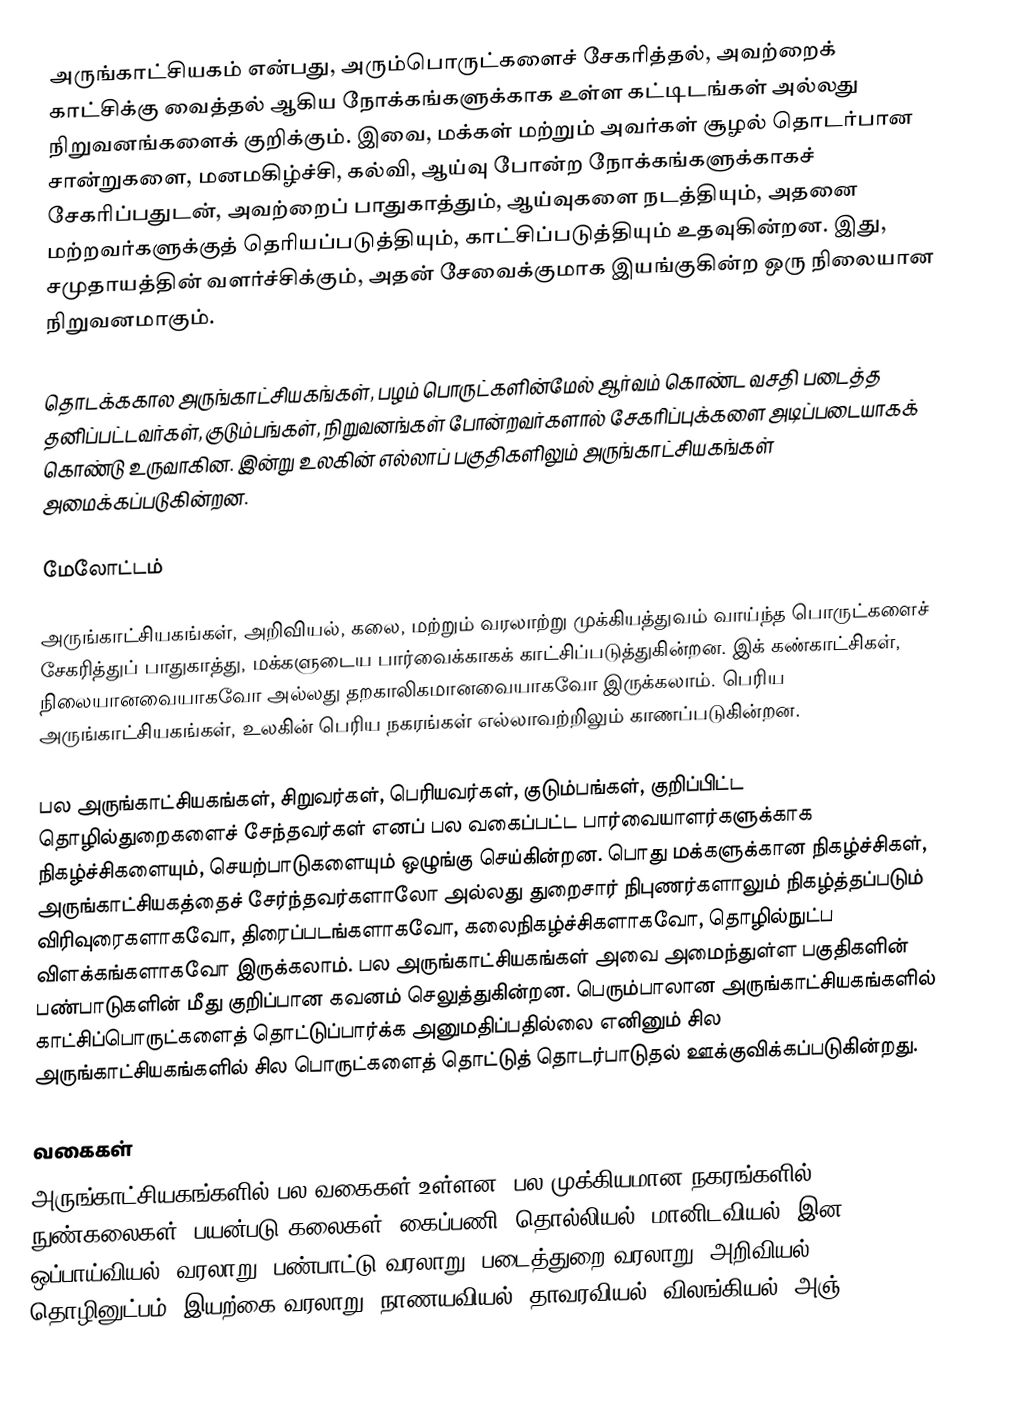
அருங்காட்சியகம் என்பது, அரும்பொருட்களைச் சேகரித்தல், அவற்றைக் காட்சிக்கு வைத்தல் ஆகிய நோக்கங்களுக்காக உள்ள கட்டிடங்கள் அல்லது நிறுவனங்களைக் குறிக்கும். இவை, மக்கள் மற்றும் அவர்கள் சூழல் தொடர்பான சான்றுகளை, மனமகிழ்ச்சி, கல்வி, ஆய்வு போன்ற நோக்கங்களுக்காகச் சேகரிப்பதுடன், அவற்றைப் பாதுகாத்தும், ஆய்வுகளை நடத்தியும், அதனை மற்றவர்களுக்குத் தெரியப்படுத்தியும், காட்சிப்படுத்தியும் உதவுகின்றன. இது, சமுதாயத்தின் வளர்ச்சிக்கும், அதன் சேவைக்குமாக இயங்குகின்ற ஒரு நிலையான நிறுவனமாகும்.

தொடக்ககால அருங்காட்சியகங்கள், பழம் பொருட்களின்மேல் ஆர்வம் கொண்ட வசதி படைத்த தனிப்பட்டவர்கள், குடும்பங்கள், நிறுவனங்கள் போன்றவர்களால் சேகரிப்புக்களை அடிப்படையாகக் கொண்டு உருவாகின. இன்று உலகின் எல்லாப் பகுதிகளிலும் அருங்காட்சியகங்கள் அமைக்கப்படுகின்றன.

மேலோட்டம்

அருங்காட்சியகங்கள், அறிவியல், கலை, மற்றும் வரலாற்று முக்கியத்துவம் வாய்ந்த பொருட்களைச் சேகரித்துப் பாதுகாத்து, மக்களுடைய பார்வைக்காகக் காட்சிப்படுத்துகின்றன. இக் கண்காட்சிகள், நிலையானவையாகவோ அல்லது தறகாலிகமானவையாகவோ இருக்கலாம். பெரிய அருங்காட்சியகங்கள், உலகின் பெரிய நகரங்கள் எல்லாவற்றிலும் காணப்படுகின்றன.

பல அருங்காட்சியகங்கள், சிறுவர்கள், பெரியவர்கள், குடும்பங்கள், குறிப்பிட்ட தொழில்துறைகளைச் சேந்தவர்கள் எனப் பல வகைப்பட்ட பார்வையாளர்களுக்காக நிகழ்ச்சிகளையும், செயற்பாடுகளையும் ஒழுங்கு செய்கின்றன. பொது மக்களுக்கான நிகழ்ச்சிகள், அருங்காட்சியகத்தைச் சேர்ந்தவர்களாலோ அல்லது துறைசார் நிபுணர்களாலும் நிகழ்த்தப்படும் விரிவுரைகளாகவோ, திரைப்படங்களாகவோ, கலைநிகழ்ச்சிகளாகவோ, தொழில்நுட்ப விளக்கங்களாகவோ இருக்கலாம். பல அருங்காட்சியகங்கள் அவை அமைந்துள்ள பகுதிகளின் பண்பாடுகளின் மீது குறிப்பான கவனம் செலுத்துகின்றன. பெரும்பாலான அருங்காட்சியகங்களில் காட்சிப்பொருட்களைத் தொட்டுப்பார்க்க அனுமதிப்பதில்லை எனினும் சில அருங்காட்சியகங்களில் சில பொருட்களைத் தொட்டுத் தொடர்பாடுதல் ஊக்குவிக்கப்படுகின்றது.

வகைகள்
அருங்காட்சியகங்களில் பல வகைகள் உள்ளன. பல முக்கியமான நகரங்களில், நுண்கலைகள், பயன்படு கலைகள், கைப்பணி, தொல்லியல், மானிடவியல், இன ஒப்பாய்வியல், வரலாறு, பண்பாட்டு வரலாறு, படைத்துறை வரலாறு, அறிவியல், தொழினுட்பம், இயற்கை வரலாறு, நாணயவியல், தாவரவியல், விலங்கியல், அஞ்